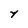
Character: y